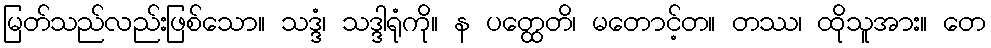
မြတ်သည်လည်းဖြစ်သော။ သဒ္ဒံ၊ သဒ္ဒါရုံကို။ န ပတ္ထေတိ၊ မတောင့်တ။ တဿ၊ ထိုသူအား။ တေ